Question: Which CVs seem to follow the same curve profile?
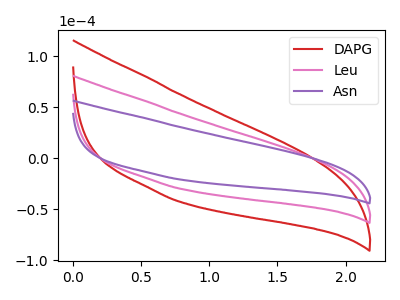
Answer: <think>The red curve "DAPG" has no peaks. The pink curve "Leu" has no peaks. The purple curve "Asn" has no peaks.
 Neither "DAPG" or "Leu" have any peaks. Neither "DAPG" or "Asn" have any peaks. Neither "Leu" or "Asn" have any peaks.</think>
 <answer>"Asn", "DAPG" and "Leu" have the same shape and are likely CV's of the same chemical.</answer>
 <eval>"Asn" "DAPG" "Leu"</eval>